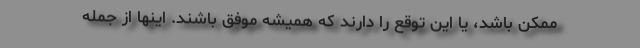
ممکن باشد، یا این توقع را دارند که همیشه موفق باشند. اینها از جمله